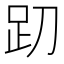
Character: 𰸁